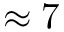
\approx 7